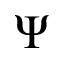
\Psi